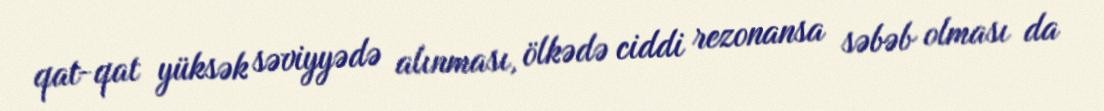
qat-qat yüksək səviyyədə alınması, ölkədə ciddi rezonansa səbəb olması da